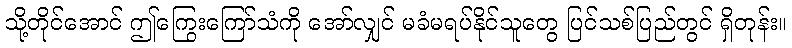
သို့တိုင်အောင် ဤကြွေးကြော်သံကို အော်လျှင် မခံမရပ်နိုင်သူတွေ ပြင်သစ်ပြည်တွင် ရှိတုန်း။